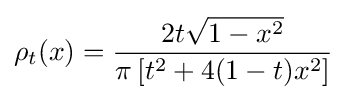
\rho _{t}(x)={\frac {2t{\sqrt {1-x^{2}}}}{\pi \left[t^{2}+4(1-t)x^{2}\right]}}